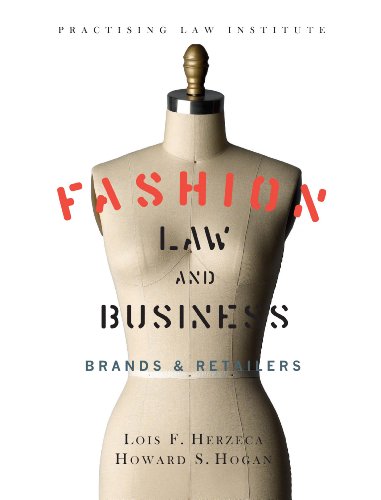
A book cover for Fashion Law & Business: Brands & Retailers; Lois F. Herzeca; Law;